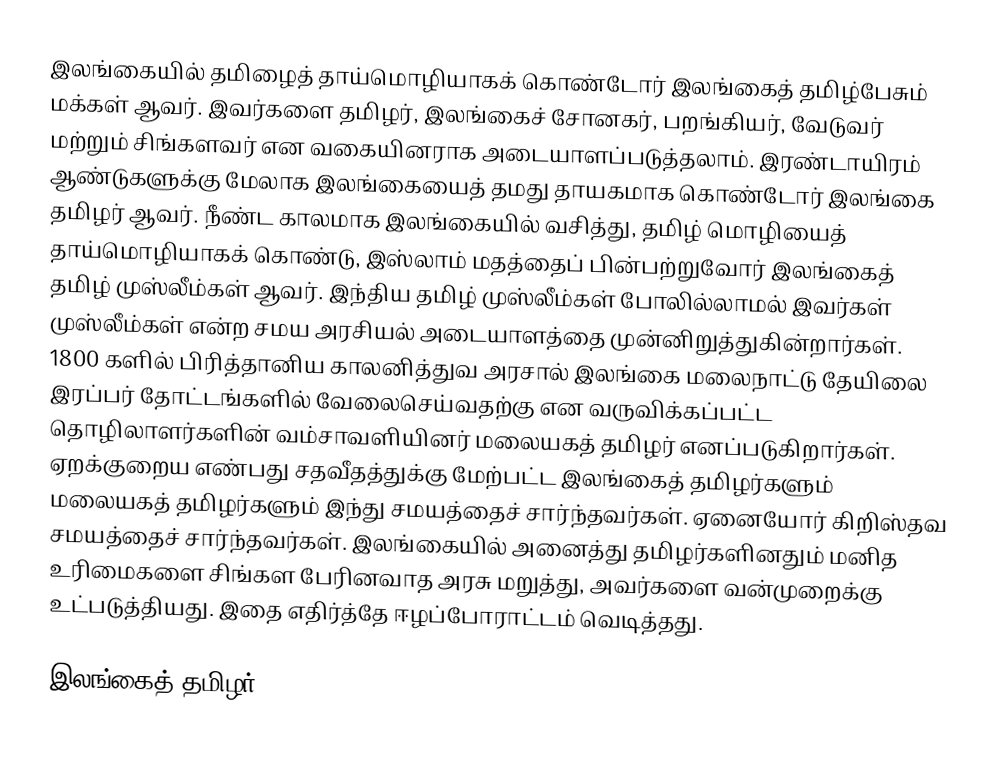
இலங்கையில் தமிழைத் தாய்மொழியாகக் கொண்டோர் இலங்கைத் தமிழ்பேசும் மக்கள் ஆவர். இவர்களை தமிழர், இலங்கைச் சோனகர், பறங்கியர், வேடுவர் மற்றும் சிங்களவர் என வகையினராக அடையாளப்படுத்தலாம். இரண்டாயிரம் ஆண்டுகளுக்கு மேலாக இலங்கையைத் தமது தாயகமாக கொண்டோர் இலங்கை தமிழர் ஆவர். நீண்ட காலமாக இலங்கையில் வசித்து, தமிழ் மொழியைத் தாய்மொழியாகக் கொண்டு, இஸ்லாம் மதத்தைப் பின்பற்றுவோர் இலங்கைத் தமிழ் முஸ்லீம்கள் ஆவர். இந்திய தமிழ் முஸ்லீம்கள் போலில்லாமல் இவர்கள் முஸ்லீம்கள் என்ற சமய அரசியல் அடையாளத்தை முன்னிறுத்துகின்றார்கள். 1800 களில் பிரித்தானிய காலனித்துவ அரசால் இலங்கை மலைநாட்டு தேயிலை இரப்பர் தோட்டங்களில் வேலைசெய்வதற்கு என வருவிக்கப்பட்ட தொழிலாளர்களின் வம்சாவளியினர் மலையகத் தமிழர் எனப்படுகிறார்கள். ஏறக்குறைய எண்பது சதவீதத்துக்கு மேற்பட்ட இலங்கைத் தமிழர்களும் மலையகத் தமிழர்களும் இந்து சமயத்தைச் சார்ந்தவர்கள். ஏனையோர் கிறிஸ்தவ சமயத்தைச் சார்ந்தவர்கள். இலங்கையில் அனைத்து தமிழர்களினதும் மனித உரிமைகளை சிங்கள பேரினவாத அரசு மறுத்து, அவர்களை வன்முறைக்கு உட்படுத்தியது. இதை எதிர்த்தே ஈழப்போராட்டம் வெடித்தது.

இலங்கைத் தமிழர்